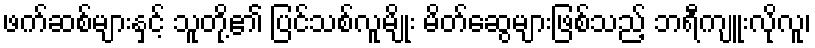
ဖက်ဆစ်များနှင့် သူတို့၏ ပြင်သစ်လူမျိုး မိတ်ဆွေများဖြစ်သည့် ဘရီကျူးလိုလူ၊